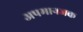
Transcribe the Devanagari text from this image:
अपमानजक